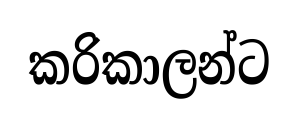
කරිකාලන්ට